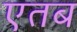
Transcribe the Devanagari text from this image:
एतब